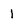
Character: 1